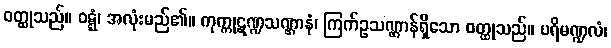
ဝတ္ထုသည်။ ဝဋ္ဋံ၊ အလုံးမည်၏။ ကုက္ကုဋဏ္ဍသဏ္ဌာနံ၊ ကြက်ဥသဏ္ဌာန်ရှိသော ဝတ္ထုသည်။ ပရိမဏ္ဍလံ၊